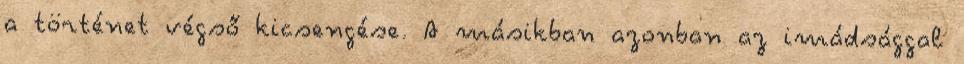
a történet végső kicsengése. A másikban azonban az imádsággal